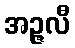
အဉ္ဇလီ